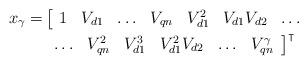
LaTeX: \begin{align*} x_\gamma = & \left[ \begin{array}{ccccccc} 1 & V_{d1} & \ldots & V_{qn} & V_{d1}^2 & V_{d1}V_{d2} & \ldots \end{array} \right. \\ & \left.\begin{array}{cccccc} \ldots & V_{qn}^2 & V_{d1}^3 & V_{d1}^2 V_{d2} & \ldots & V_{qn}^\gamma \end{array}\right]^\intercal\end{align*}